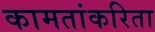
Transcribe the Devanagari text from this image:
कामतांकरिता